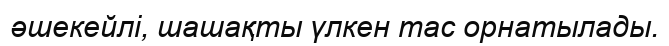
әшекейлі, шашақты үлкен тас орнатылады.